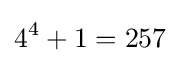
4^{4}+1=257